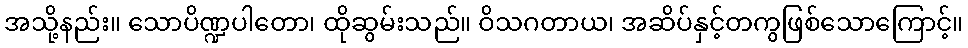
အသို့နည်း။ သောပိဏ္ဍပါတော၊ ထိုဆွမ်းသည်။ ဝိသဂတာယ၊ အဆိပ်နှင့်တကွဖြစ်သောကြောင့်။